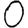
Digit: 0